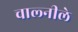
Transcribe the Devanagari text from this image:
चाल्नीले